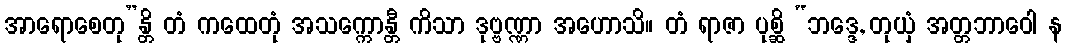
အာရောစေတု”န္တိ တံ ကထေတုံ အသက္ကောန္တီ ကိသာ ဒုဗ္ဗဏ္ဏာ အဟောသိ။ တံ ရာဇာ ပုစ္ဆိ “ဘဒ္ဒေ, တုယှံ အတ္တဘာဝေါ န